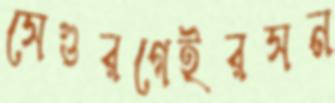
সেগুরগেইরসন